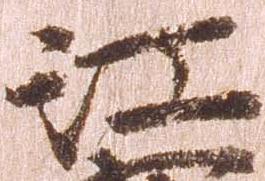
江